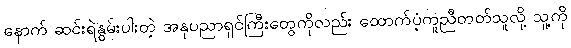
နောက် ဆင်းရဲနွမ်းပါးတဲ့ အနုပညာရှင်ကြီးတွေကိုလည်း ထောက်ပံ့ကူညီတတ်သူလို့ သူ့ကို